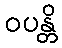
ဝပန္တိ